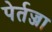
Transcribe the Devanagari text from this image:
पेर्तज्जा